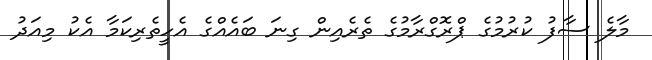
މާލެ ސާފު ކުރުމުގެ ޕްރޮގްރާމުގެ ތެރެއިން ގިނަ ބައެއްގެ އެހީތެރިކަމާ އެކު މިއަދު